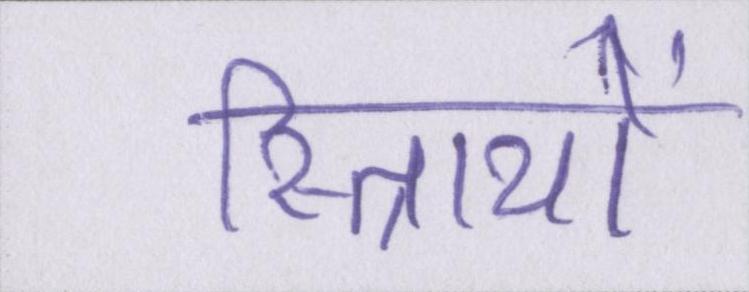
स्त्रिायों